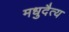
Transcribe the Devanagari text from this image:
मधुदैत्य